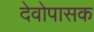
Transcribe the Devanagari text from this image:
देवोपासक